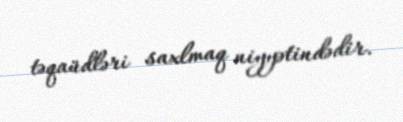
təqaüdləri saxlmaq niyyətindədir.